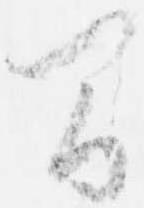
間